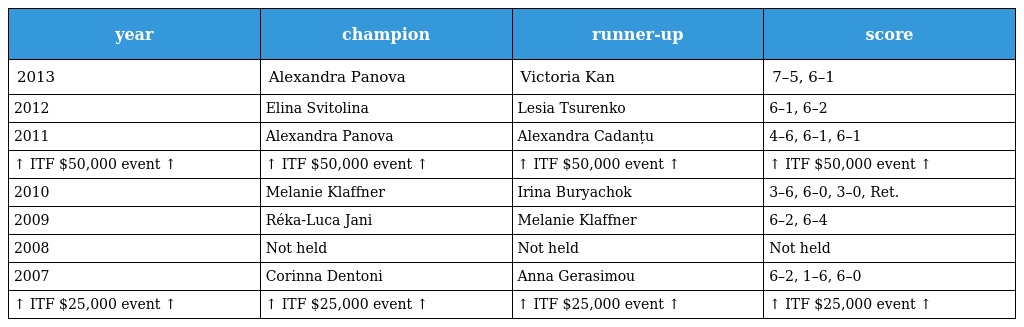
| year | champion | runner-up | score |
 | --- | --- | --- | --- |
 | 2013 | Alexandra Panova | Victoria Kan | 7–5, 6–1 |
 | 2012 | Elina Svitolina | Lesia Tsurenko | 6–1, 6–2 |
 | 2011 | Alexandra Panova | Alexandra Cadanțu | 4–6, 6–1, 6–1 |
 | ↑ ITF $50,000 event ↑ | ↑ ITF $50,000 event ↑ | ↑ ITF $50,000 event ↑ | ↑ ITF $50,000 event ↑ |
 | 2010 | Melanie Klaffner | Irina Buryachok | 3–6, 6–0, 3–0, Ret. |
 | 2009 | Réka-Luca Jani | Melanie Klaffner | 6–2, 6–4 |
 | 2008 | Not held | Not held | Not held |
 | 2007 | Corinna Dentoni | Anna Gerasimou | 6–2, 1–6, 6–0 |
 | ↑ ITF $25,000 event ↑ | ↑ ITF $25,000 event ↑ | ↑ ITF $25,000 event ↑ | ↑ ITF $25,000 event ↑ |